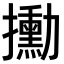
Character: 𫾙